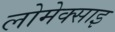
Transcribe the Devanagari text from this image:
लोमेक्साइ